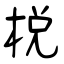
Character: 棁